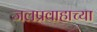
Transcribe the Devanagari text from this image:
जलप्रवाहाच्या